Indian journal of veterinary science and animal husbandry - Volumes 18-21, 1948-1951
Year: 1948
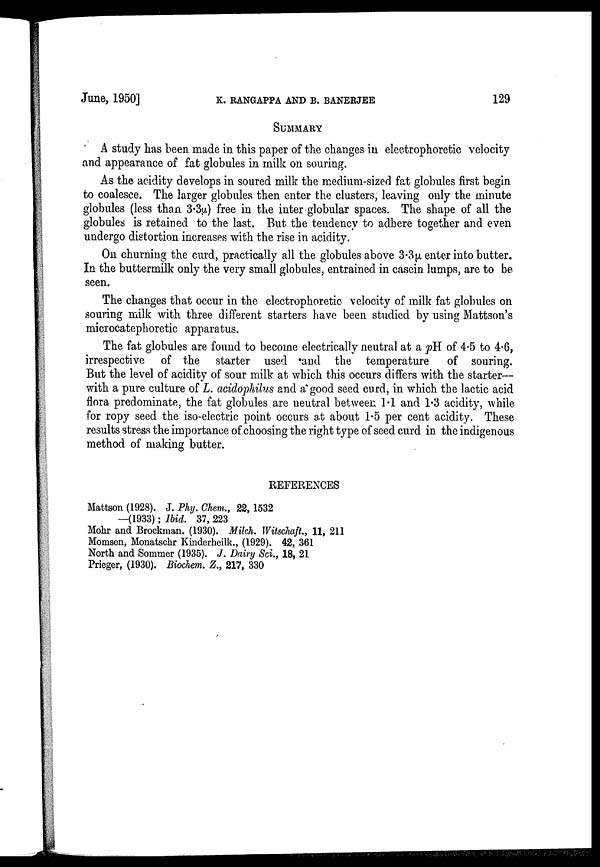
June, 1950]
K.
RANGAPPA
AND
B.
BANERJEE
129
SUMMARY
A study has been made in this paper of the changes in electrophoretic velocity
and appearance of fat globules in milk on souring.
As the acidity develops in soured milk the medium-sized fat globules first begin
to coalesce. The larger globules then enter the clusters, leaving only the minute
globules (less than 3.3µ free in the inter globular spaces. The shape of all the
globules is retained to the last. But the tendency to adhere together and even
undergo distortion increases with the rise in acidity.
On churning the curd, practically all the globules above 3.3µ enter into butter.
In the buttermilk only the very small globules, entrained in casein lumps, are to be
seen.
The changes that occur in the electrophoretic velocity of milk fat globules on
souring milk with three different starters have been studied by using Mattson's
microcatephoretic apparatus.
The fat globules are found to become electrically neutral at a pH of 4.5 to 4.6,
irrespective of the starter used and the temperature of souring.
But the level of acidity of sour milk at which this occurs differs with the starter—
with a pure culture of L. acidophilus and a good seed curd, in which the lactic acid
flora predominate, the fat globules are neutral between 1.1 and 1.3 acidity, while
for ropy seed the iso-electric point occurs at about 1.5 per cent acidity. These
results stress the importance of choosing the right type of seed curd in the indigenous
method of making butter.
REFERENCES
Mattson (1928). J. Phy. Chem., 22, 1532
—(1933); Ibid. 37, 223
Mohr and Brockman. (1930). Milch. Witschaft., 11, 211
Momsen, Monatschr Kinderheilk., (1929). 42, 361
North and Sommer (1935). J. Dairy Sci., 18, 21
Prieger, (1930). Biochem. Z., 217, 330